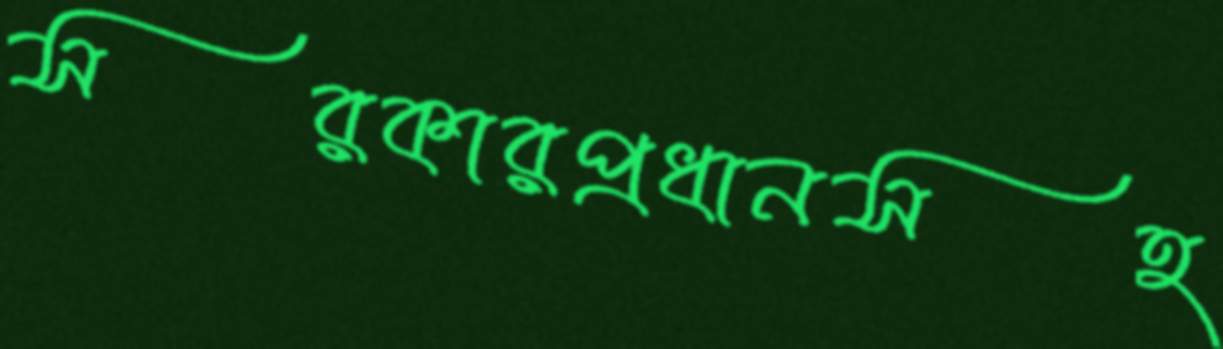
সরকারপ্রধানসহ